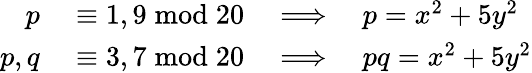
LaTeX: \begin{array}{rl}{p}&{{}\equiv 1,9{\bmod{20}}\quad\Longrightarrow\quad p=x^{2}+5y^{2}}\\ {p,q}&{{}\equiv 3,7{\bmod{20}}\quad\Longrightarrow\quad pq=x^{2}+5y^{2}}\end{array}